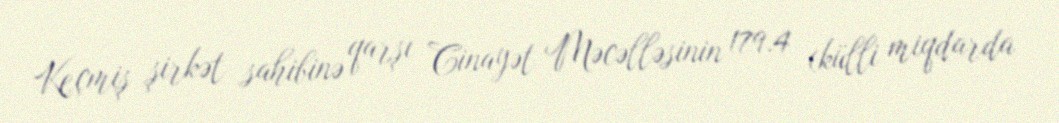
Keçmiş şirkət sahibinə qarşı Cinayət Məcəlləsinin 179.4 (külli miqdarda